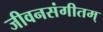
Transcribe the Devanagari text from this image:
जीवनसंगीतम्